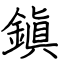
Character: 鎭